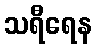
သရီရေန